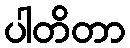
ပါတိတာ